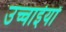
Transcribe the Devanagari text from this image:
उच्चाईयों